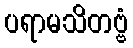
ပရာမသိတဗ္ဗံ